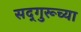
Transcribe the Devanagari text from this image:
सद्‌गुरूच्या